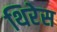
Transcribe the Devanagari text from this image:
थिरेस